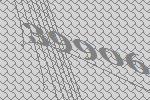
39906